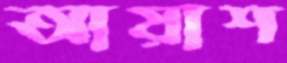
আয়াশ